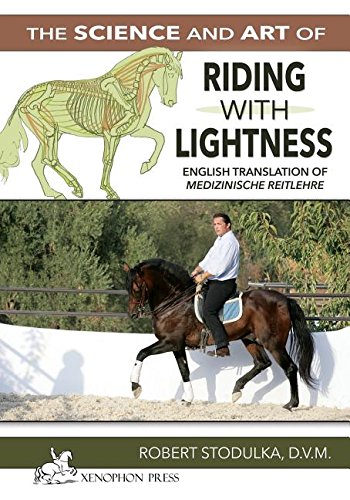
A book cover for The Science and Art of Riding in Lightness: Understanding training-induced problems, their avoidance, and remedies. English Translation of  Medizinische Reitlehre; ROBERT STODULKA; Medical Books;